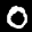
Label: 0